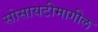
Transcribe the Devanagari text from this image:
सोसायटीमागील